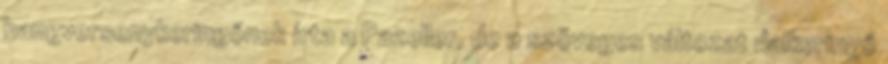
hangversenykeringőnek írta a Pazeller, de a szöveges változat dalkeringő